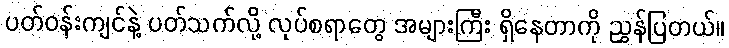
ပတ်ဝန်းကျင်နဲ့ ပတ်သက်လို့ လုပ်စရာတွေ အများကြီး ရှိနေတာကို ညွှန်ပြတယ်။